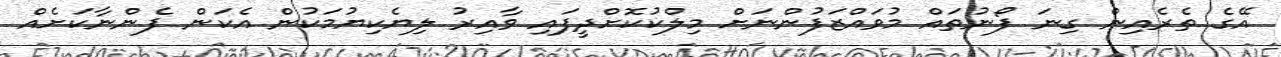
އޭގެ ތެރެއިން ގިނަ ފޯނުތައް މުވައްޒަފުންނަށް މިލްކުކޮށްދީފައި ވާއިރު ލިޔެކިޔުމަކުން އެކަން ފެންނާކަށެއް